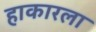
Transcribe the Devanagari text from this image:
हाकारला